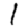
Digit: 1